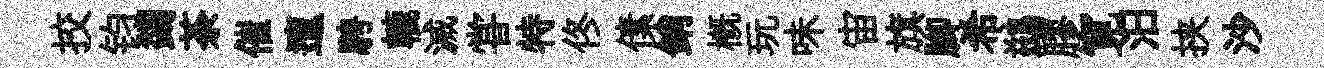
挍钧蠲荼催邅騁轆滅甞特佟傃銷概玩味宙旗腳希鷀膠寛汨挟沙